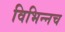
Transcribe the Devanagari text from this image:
विभिन्नच